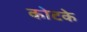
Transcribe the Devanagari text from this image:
कोटके